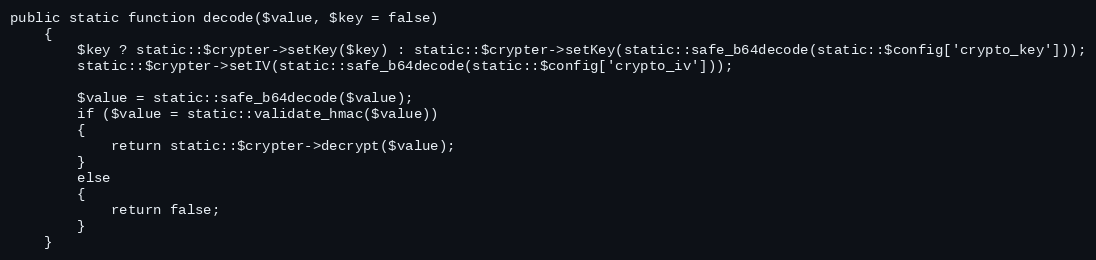
Language: PHP
public static function decode($value, $key = false)
	{
		$key ? static::$crypter->setKey($key) : static::$crypter->setKey(static::safe_b64decode(static::$config['crypto_key']));
		static::$crypter->setIV(static::safe_b64decode(static::$config['crypto_iv']));

		$value = static::safe_b64decode($value);
		if ($value = static::validate_hmac($value))
		{
			return static::$crypter->decrypt($value);
		}
		else
		{
			return false;
		}
	}